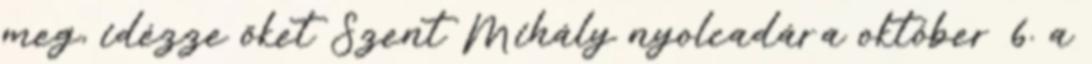
meg, idézze őket Szent Mihály nyolcadára október 6. a